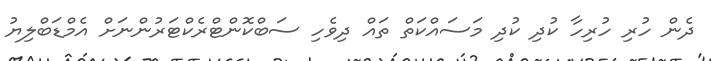
ދެން ހުރި ހުރިހާ ކުދި ކުދި މަސައްކަތް ތައް ދިވެހި ސަބްކޮންޓްރެކްޓަރުންނަށް އެމްޑަބްލިޔު